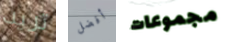
تريد أفضل مجموعات